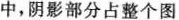
阴影部分占整个图